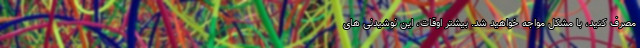
مصرف کنید، با مشکل مواجه خواهید شد. بیشتر اوقات، این نوشیدنی های